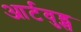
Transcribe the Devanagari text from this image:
आर्टवुड्स